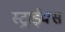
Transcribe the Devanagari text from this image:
स्ट्राईक्स